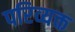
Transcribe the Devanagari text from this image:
परिव्यक्त